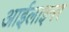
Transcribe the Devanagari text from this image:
आईलाइनर